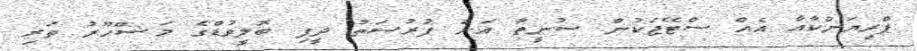
ޕްރިޔަންކާއާ އެއް ސްޓޭޖަކުން ސުނީތާ އަށް ފުރުސަތު ދީފި ބޮލީވުޑްގެ މަޝްހޫރު ތަރި